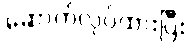
ဆောက်လုပ်ထားပြီး